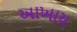
આખાય